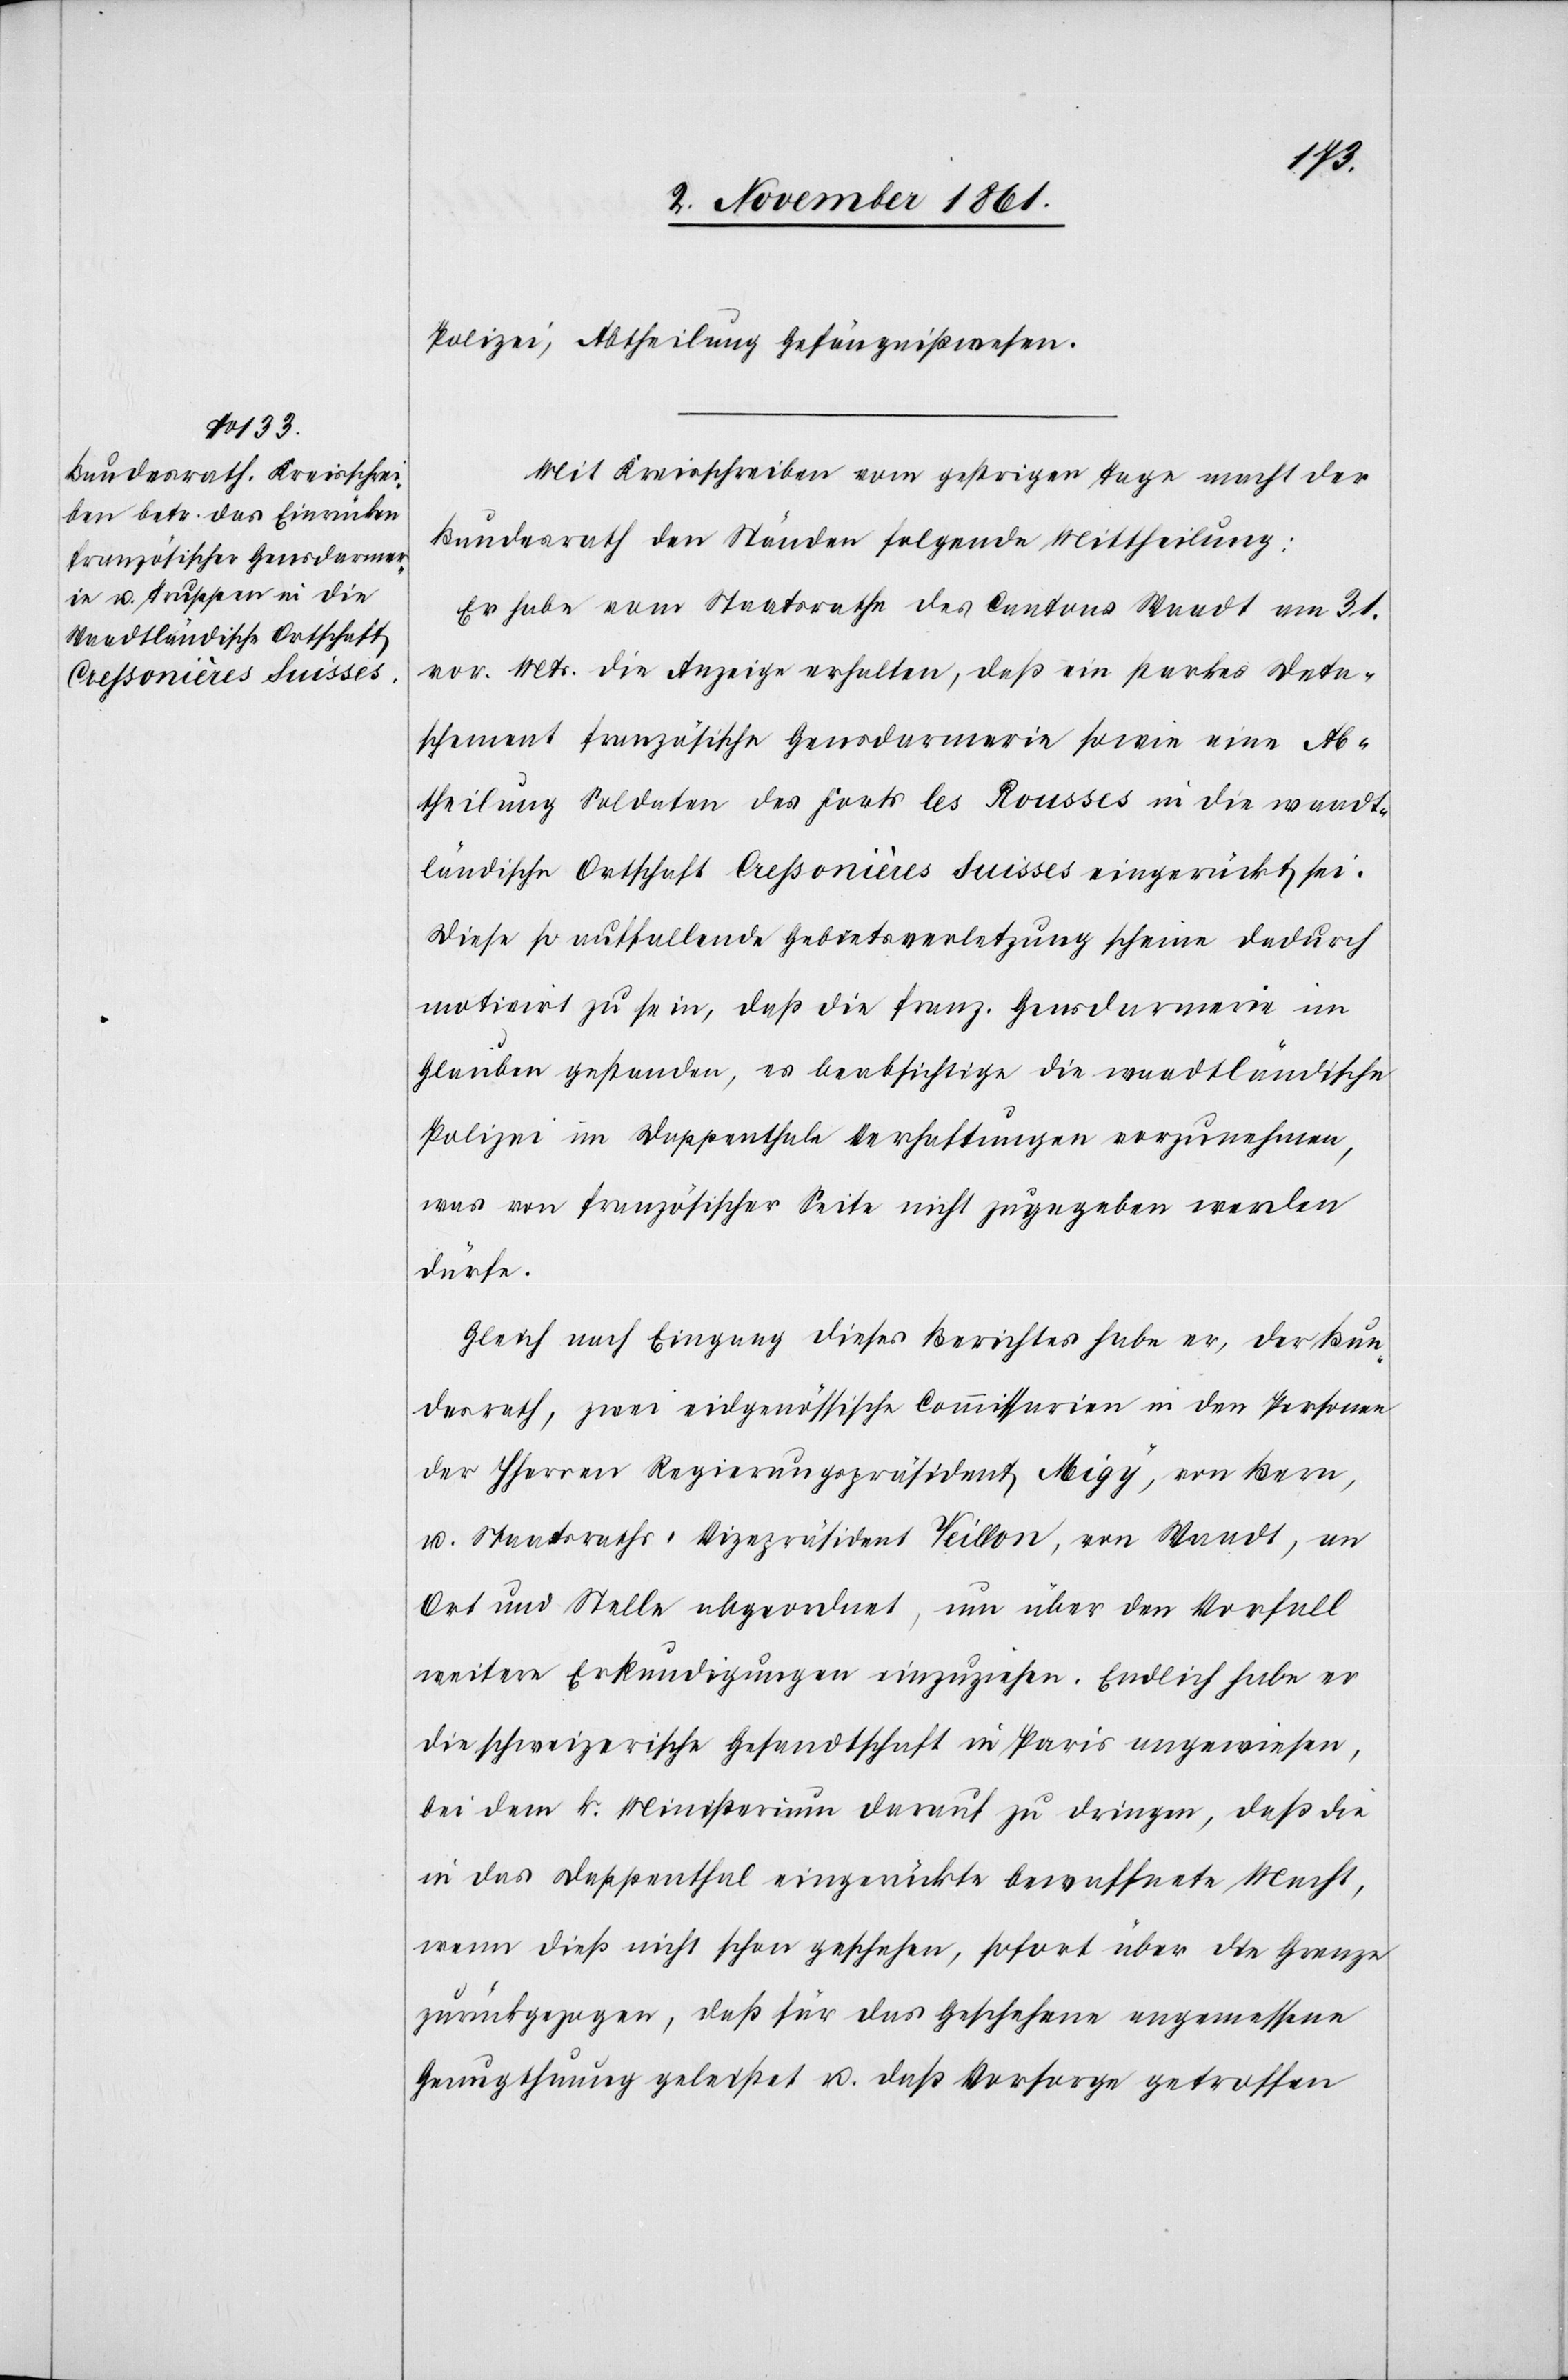
Polizei, Abtheilung Gefängnißwesen.
Mit Kreisschreiben vom gestrigen Tage macht der
Bundesrath den Ständen folgende Mittheilung:
Er habe vom Staatsrathe des Cantons Waadt am 31
vor. Mts. die Anzeige erhalten, daß ein starkes Deta¬
schement französische Gensdarmerie sowie eine Ab¬
theilung Soldaten des Forts les Rousses in die waadt¬
ländische Ortschaft Cressonière Suisses eingerückt sei.
Diese so auffallende Gebietsverletzung scheine dadurch
motivirt zu sein, daß die franz. Gensdarmerie im
Glauben gestanden, es beabsichtige die waadtländische
Polizei im Dappenthale Verhaftungen vorzunehmen,
was von französischer Seite nicht zugegeben werden
dürfe.
Gleich nach Eingang dieses Berichtes habe er, der Bun¬
desrath, zwei eidgenössische Commissarien in den Personen
der HHerren Regierungspräsident Migy, von Bern,
u. Staatsraths-Vizepräsident Teillon, von Waadt, an
Ort und Stelle abgeordnet, um über den Vorfall
weitere Erkundigungen einzuziehen. Endlich habe er
die schweizerische Gesandtschaft in Paris angewiesen,
bei dem k. Ministerium darauf zu dringen, daß die
in das Dappenthal eingerückte bewaffnete Macht,
wenn dieß nicht schon geschehen, sofort über die Grenze
zurückgezogen, daß für das Geschehen angemessene
Genugthuung geleistet u. daß Vorsorge getroffen